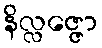
နိလ္လဇ္ဇော